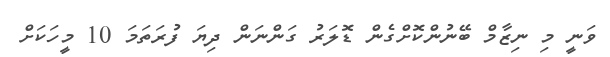
ވަނީ މި ނިޒާމް ބޭނުންކޮށްގެން ޑޮލަރު ގަންނަން ދިޔަ ފުރަތަމަ 10 މީހަކަށް